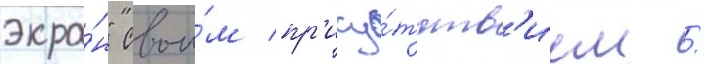
экра́н" свои́м пр'ису́тств'ием /